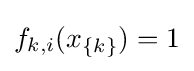
f_{k,i}(x_{\{k\}})=1